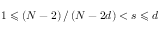
1 \leqslant \left( N - 2 \right) / \left( N - 2 d \right) < s \leqslant d